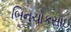
બિનચોકસાઇ